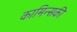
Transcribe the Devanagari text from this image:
कामिन्सकी